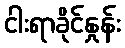
ငါးရာခိုင်နှုန်း